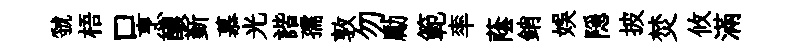
虢梧口烹醲斳慕光諧孺敦勿勵範率蔭銷娱隠披焚攸滿